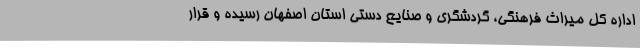
اداره کل میراث فرهنگی، گردشگری و صنایع دستی استان اصفهان رسیده و قرار